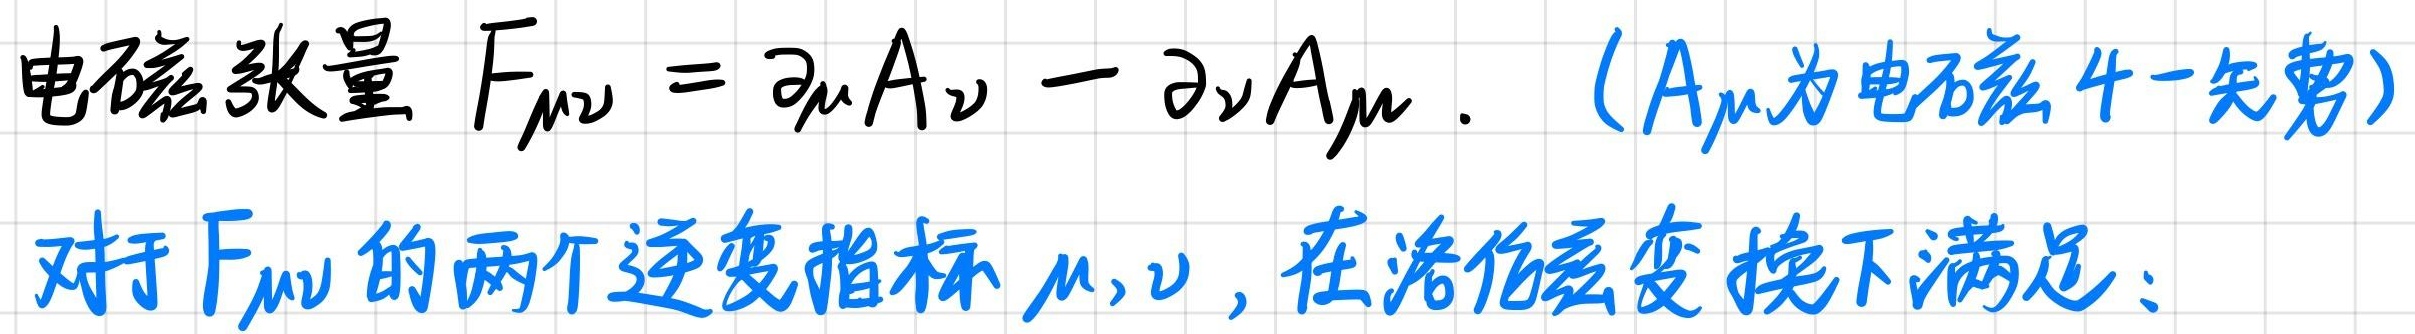
电磁张量 $F_{\mu\nu} = \partial_{\mu}A_{\nu} - \partial_{\nu}A_{\mu}$. （$A_{\mu}$为电磁4-矢势）

对于$F_{\mu\nu}$的两个逆变指标$\mu,\nu$, 在洛伦兹变换下满足: